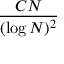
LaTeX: \frac { C N } { ( \log N ) ^ { 2 } }